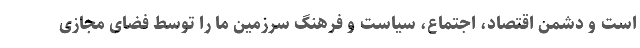
است و دشمن اقتصاد، اجتماع، سیاست و فرهنگ سرزمین ما را توسط فضای مجازی